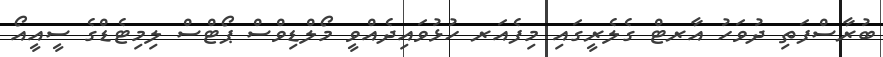
ބުރާސްފަތި ދުވަހު އާރޓް ގެލެރީގައި މިފެއަރ ހުޅުވައިދެއްވީ މޯލްޑިވްސް ޕޯޓްސް ލިމިޓެޑްގެ ސީއީއޯ